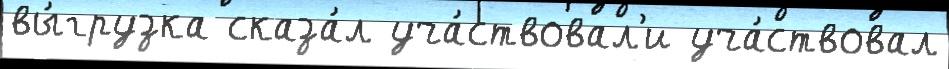
вы́грузка сказа́л уча́ствовал'и уча́ствовал